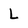
Character: L